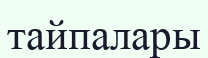
тайпалары